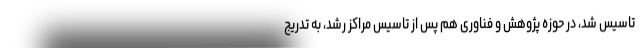
تاسیس شد، در حوزه پژوهش و فناوری هم پس از تاسیس مراکز رشد، به تدریج